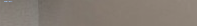
Public Restroom